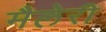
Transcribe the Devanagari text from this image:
मैलेरी